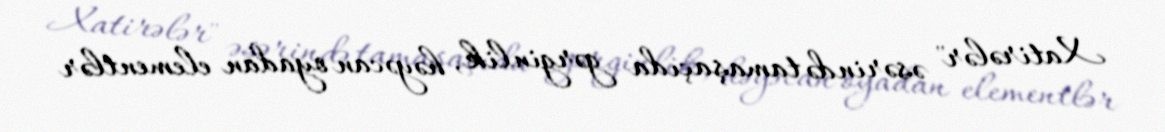
Xatirələr" əsərində tamaşaçıda gərginlik, həyəcan oyadan elementlər